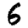
Digit: 6